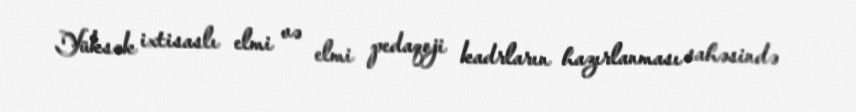
Yüksək ixtisaslı elmi və elmi pedaqoji kadrların hazırlanması sahəsində